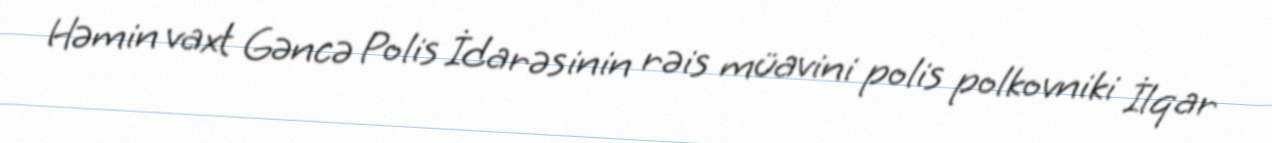
Həmin vaxt Gəncə Polis İdarəsinin rəis müavini polis polkovniki İlqar